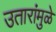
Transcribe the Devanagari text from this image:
उतारांमुळे